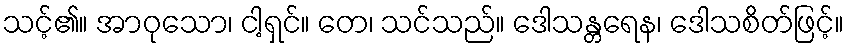
သင့်၏။ အာဝုသော၊ ငါ့ရှင်။ တေ၊ သင်သည်။ ဒေါသန္တရေန၊ ဒေါသစိတ်ဖြင့်။